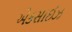
એકસાઈઝ